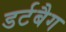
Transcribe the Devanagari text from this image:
डर्टबैग